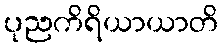
ပုညကိရိယာယာတိ